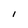
Character: I